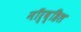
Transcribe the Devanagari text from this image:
नॉर्व्हिल